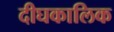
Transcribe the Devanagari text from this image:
दीघकालिक